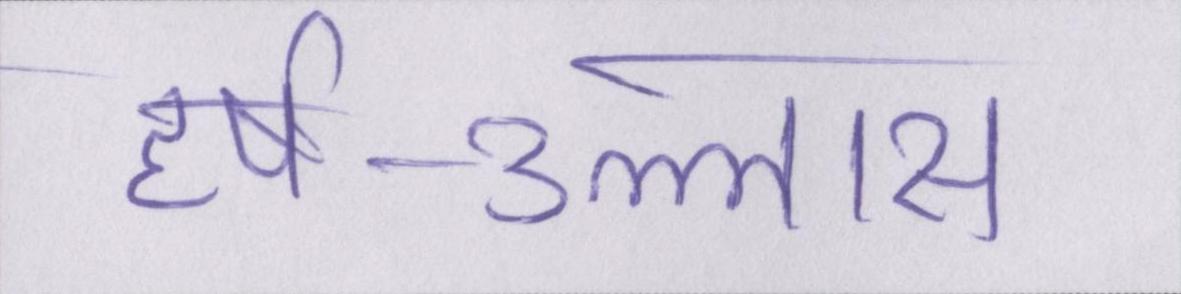
हर्ष-उल्लास